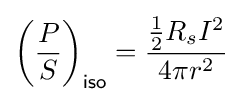
\left({P \over S}\right)_{\mathsf {iso}}={{1 \over 2}R_{s}I^{2} \over 4\pi r^{2}}\